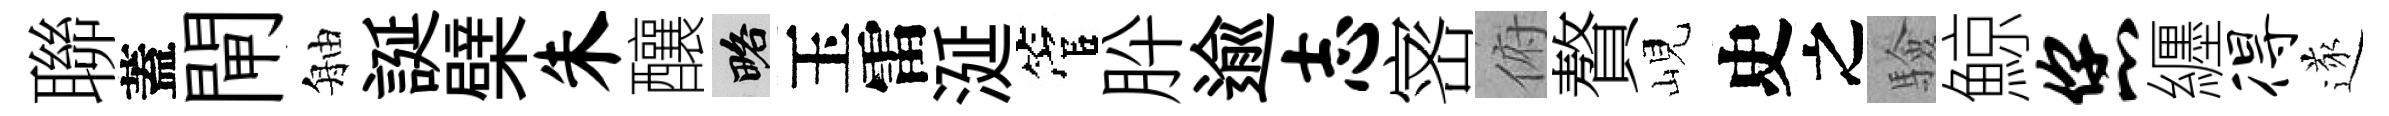
聯蓋閘舳誕檗朱釀略玉雷涎管肸逾志宻俯贅峴史之驗鯨您纒得遂